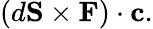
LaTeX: (d\mathbf{S}\times\mathbf{F})\cdot\mathbf{c}.